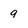
Character: 9